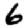
Digit: 6